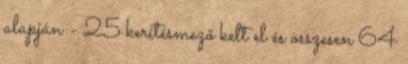
alapján - 25 kerítésmező kelt el és összesen 64